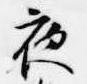
夜